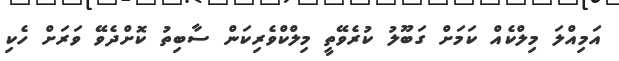
އަމިއްލަ މިލްކެއް ކަމަށް ގަބޫލު ކުރެވޭތީ މިލްކްވެރިކަން ސާބިތު ކޮށްދެވޭ ވަރަށް ހެކި